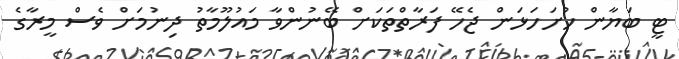
ޓީ ބަޔާން ހުށަހަޅަން ޖެހޭ ފަރާތްތަކަށް ބޭނުންވާ މައުލޫމާތު ދިނުމަށް ވެސް މީރާގެ